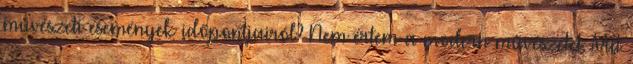
művészeti események időpontjairól? Nem értem a modern művészetet. Mit